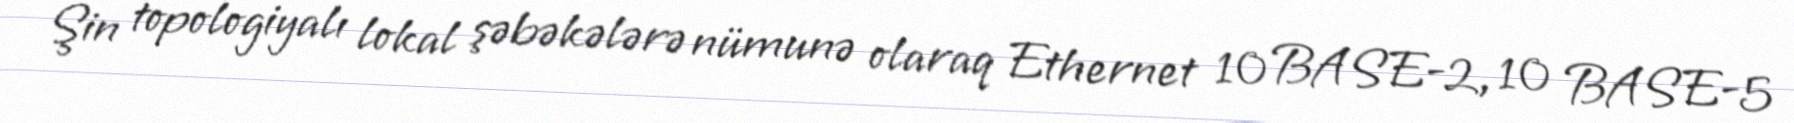
Şin topologiyalı lokal şəbəkələrə nümunə olaraq Ethernet 10 BASE-2, 10 BASE-5